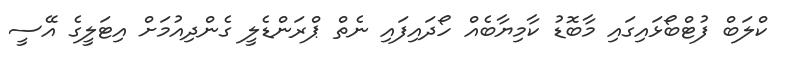
ކްލަބް ފުޓްބޯޅައިގައި މާބޮޑު ކާމިޔާބެއް ހޯދައިފައި ނެތް ޕްރަންޑެލީ ގެންދިއުމަށް އިޓަލީގެ އޭސީ